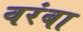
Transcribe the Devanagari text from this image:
वरंबा